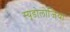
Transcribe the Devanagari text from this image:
स्यूडोलोजिया